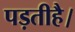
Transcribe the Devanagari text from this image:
पड़तीहै।